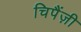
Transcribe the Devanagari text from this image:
चिपैंज़ी